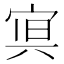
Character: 𭓿